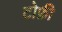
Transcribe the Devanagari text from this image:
टोफ़ी